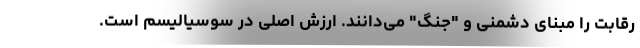
رقابت را مبنای دشمنی و "جنگ" می‌دانند. ارزش اصلی در سوسیالیسم است.